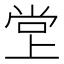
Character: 𫵁